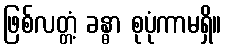
ဖြစ်လတ္တံ့ ခန္ဓာ စုပုံကာမရှိ။